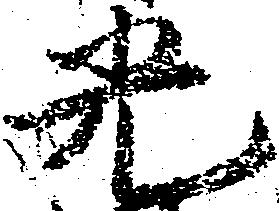
光